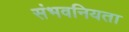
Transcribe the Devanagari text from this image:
संभवनियता